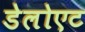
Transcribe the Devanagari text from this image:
डेलोएट